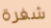
شفرة